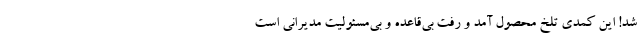
شد! این کمدی تلخ محصول آمد و رفت بی‌قاعده و بی‌مسئولیت مدیرانی است